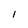
Character: I